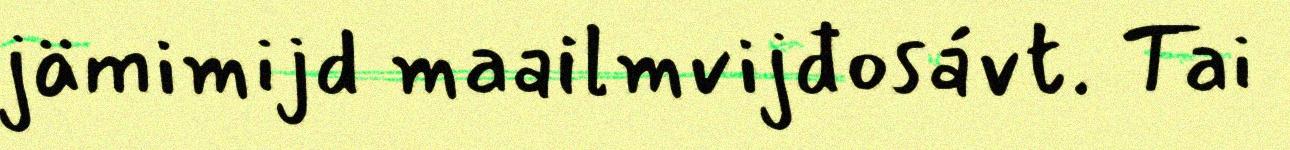
jämimijd maailmvijđosávt. Tai